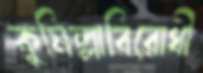
কুমিল্লাবিরোধী